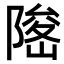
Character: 𨻅